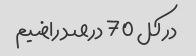
در کل 70 درصد راضیم